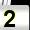
Digit: 2